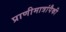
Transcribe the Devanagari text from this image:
प्राणीमात्रांपैकी